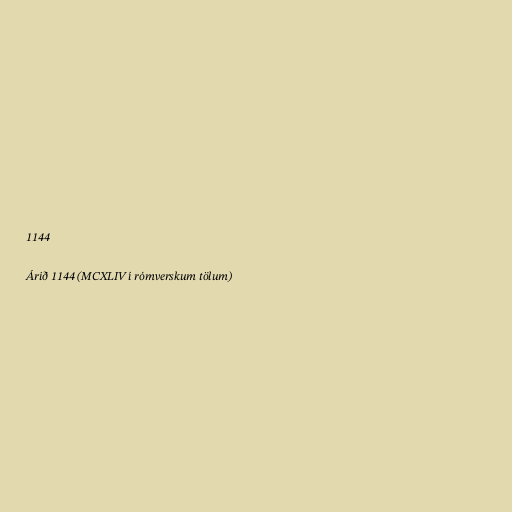
1144

Árið 1144 (MCXLIV í rómverskum tölum)